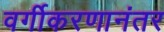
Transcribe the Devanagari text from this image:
वर्गीकरणानंतर